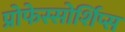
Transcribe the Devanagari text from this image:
प्रोफेस्सोर्शिप्स